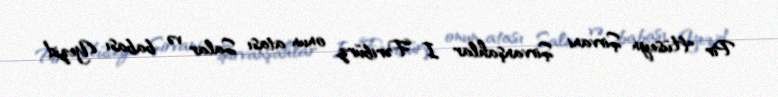
Pir Hüseyn Şirvani Şirvanşahlar I Fəribürz, onun atası Salar və babası Yezid